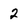
Character: 2